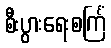
စီးပွားရေးစင်္ကြံ